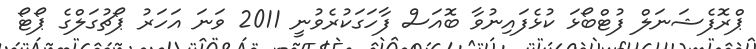
ޕްރޮފެޝަނަލް ފުޓްބޯޅަ ކުޅެފައިނުވާ ބޮއަސް ފާހަގަކުރެވުނީ 2011 ވަނަ އަހަރު ޕޯޗުގަލްގެ ޕޯޓޯ